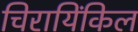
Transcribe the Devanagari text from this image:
चिरायिंकिल